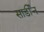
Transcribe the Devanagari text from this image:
सार्डीन